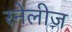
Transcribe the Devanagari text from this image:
रनेलीज